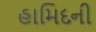
હામિદની